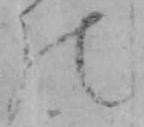
の